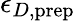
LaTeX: \epsilon_{D,\mathrm{prep}}